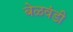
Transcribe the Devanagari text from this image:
बेळवंडी